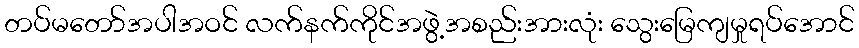
တပ်မတော်အပါအဝင် လက်နက်ကိုင်အဖွဲ့အစည်းအားလုံး သွေးမြေကျမှုရပ်အောင်